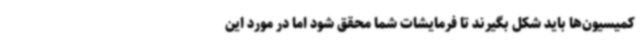
کمیسیون‌ها باید شکل بگیرند تا فرمایشات شما محقق شود اما در مورد این